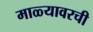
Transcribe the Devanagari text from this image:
माळ्यावरची